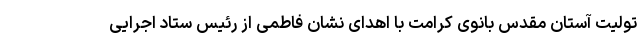
تولیت آستان مقدس بانوی کرامت با اهدای نشان فاطمی از رئیس ستاد اجرایی